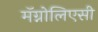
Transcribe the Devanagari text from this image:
मॅग्नोलिएसी